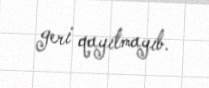
geri qayıtmayıb.